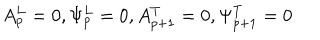
A _ { p } ^ { L } = 0 , \Psi _ { p } ^ { L } = 0 , A _ { p + 1 } ^ { T } = 0 , \Psi _ { p + 1 } ^ { T } = 0